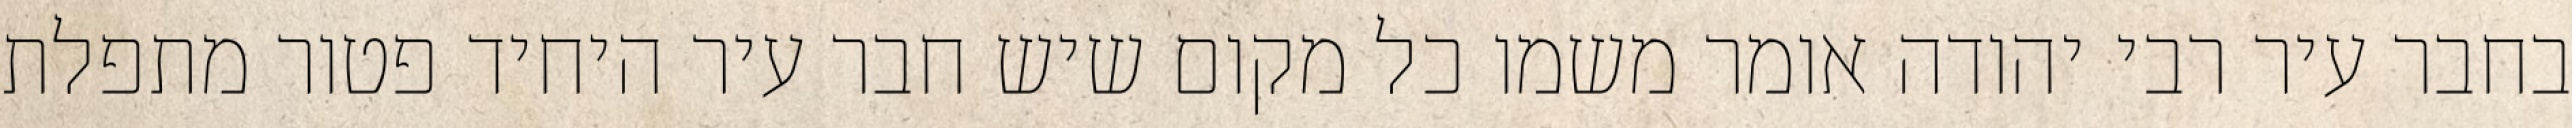
בחבר עיר רבי יהודה אומר משמו כל מקום שיש חבר עיר היחיד פטור מתפלת